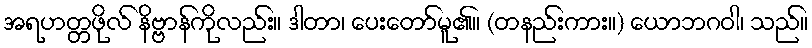
အရဟတ္တဖိုလ် နိဗ္ဗာန်ကိုလည်း။ ဒါတာ၊ ပေးတော်မူ၏။ (တနည်းကား။) ယောဘဂဝါ၊ သည်။